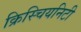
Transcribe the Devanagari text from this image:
क्रिस्चियनिटी